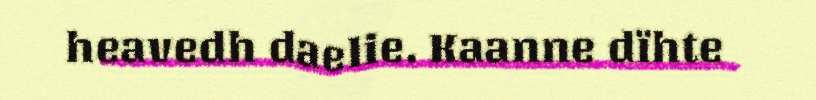
heavedh daelie. Kaanne dïhte